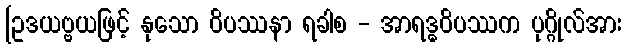
[ဥဒယဗ္ဗယဖြင့် နုသော ဝိပဿနာ ရခါစ - အာရဒ္ဓဝိပဿက ပုဂ္ဂိုလ်အား